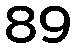
89